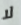
لا